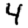
Digit: 4